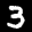
Label: 3